Vital statistics of India. Vol. IV, Annual returns from 1871 to 1876. British Army of India, Native Army and jails of Bengal
Year: 1871
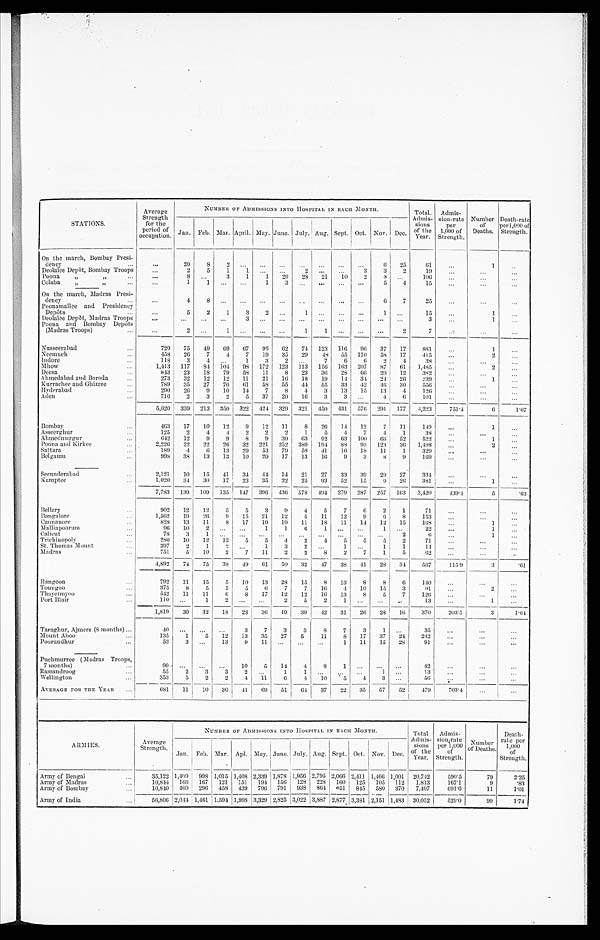
STATIONS.
Average
Strength
for the
period of
occupation.
N U M B E R O F A D M I S S I O N S I N T O H O S P I T A L I N E A C H M O N T H
Total.
Admis-
sions
of the
Year.
Admis-
sion-rate
per
1,000 of
Strength.
Number
of
Deaths.
Death-rate
per 1,000 of
Strength.
Jan. Feb. Mar. April. May. June. July. Aug. Sept. Oct. Nov. Dec.
On the march, Bombay Presi-
dency
. .
. . .
20
8
2
. . .
. . .
. . .
. . .
. . .
. . .
. . .
6
25
61
. . .
1
. . .
Deolalee Depôt, Bombay Troops
. . .
2
5
1
1
. . .
. . .
2
. . .
. . .
3
3
2
19
. . .
. . .
. . .
Poona
„
,,
. . .
. . .
8
. . .
3
1
1
29
28
21
10
2
3
. . .
106
. . .
. . .
. . .
Colaba
,,
,,
. . .
. . .
1
1
. . .
. . .
1
3
. . .
. . .
. . .
. . .
5
4
15
. . .
. . .
. . .
On the march, Madras Presi-
dency
. . .
. . .
4
8
. . .
. . .
. . .
. . .
. . .
. . .
. . .
. . .
6
7
25
. . .
. . .
. . .
Poonamallee and Presidency
Depôts
. . .
. . .
5
2
1
3
2
. . .
1
. . .
. . .
. . .
1
. . .
15
. . .
1
. . .
Deolalee Depôt, Madras Troops
. . .
. . .
. . .
. . .
3
. . .
. . .
. . .
. . .
. . .
. . .
. . .
. . .
3
. . .
1 ...
Poona and Bombay Depôts
(Madras Troops)
. . .
. . .
2
. . .
1
. . .
. . .
. . .
1
1
. . .
. . .
. . .
2
7
. . .
. . .
. . .
Nusseerabad
. . .
720
75
49
69
67
96
62
74
123
116
96
37
17
881
...
1
. . .
Neemuch
. . .
458
26
7
4
7
19
35
29
48
55
110
58
17
415
. . .
2 ...
Indore
. . .
118
3
4
. . .
1
3
2
. . .
7
6
6
2
4
38
...
. . .
...
Mhow . . .
1,413
117
84
104
98
172
123
113
156
163
207
87
61
1,485
. . .
2
. . .
Deesa
. . .
843
23
18
79
58
11
8
23
36
28
6 6
20
12
382
. . .
. . .
. . .
Ahmedabad and Baroda
. . .
273
32
12
12
11
21
16
18
19
14
34
24
26
239
. . .
1
. . .
Kurrachee and Ghizree
. . .
789
35
27
70
61
58
55
44
55
33
42
46
30
556
. . .
. . .
. . .
Hyderabad
. . .
290
26
9
10
14
7
8
4
3
13
15
13
4
126
. . .
. . .
. . .
Aden
. . .
716
2
3
2
5
37
20
16
3
3
. . .
4
6
101
. . .
. . .
. . .
5 , 6 2 0 339
213
350
322 424
329
321
450
431
576
291
177
4,223
751.4
6
1.07
Bombay
. . .
463
17
10
12
9
12
11
8
26
14
12
7
11
149
. . .
1
. . .
Asseerghur
. . .
125
2
4
4
2
2
2
1
5
4
7
4
1
38
...
. . .
. . .
Ahmednuggur
. . .
642
12
9
9
8
9
39
63
92
63
100
66
52
522
. . .
1
. . .
Poona and Kirkee
. . .
2,226
22
22
26
32
221
252
389
194
88
93
123
36
1,498
. . .
2
. . .
Sattara
. . .
189
4
6
13
29
53
79
58
41
16
18
11
1
329
. . .
. . .
. . .
Belgaum
. . .
998
38
13
13
10
20
17
13
16
9
3
8
9
169
...
. . .
. . .
Secunderabad
. . .
2,121
10
15
41
34
44
14
21
27
33
39
29
27
334
. . .
. . .
. . .
Kamptee
. . .
1,020
34
30
17
23
35
22
25
93
52
15
9
26
381
. . .
1
. . .
7,783
139
109
135
147
396
436
578
494
279
287
257
163
3,420
439.4
5
.63
Bellary
. . .
902
12
12
5
5
3
9
4
5
7
6
2
1
71
. . .
. . .
. . .
Bangalore
. . .
1,562
19
26
9
1 5
21
12
5
11
12
9
6
8
153
. . .
. . .
. . .
Cannanore
. . .
828
13
11
8
17
19
19
11
18
11
14
12
15
168
. . .
1
. . .
Malliapoorum . . .
96
10
2
. . .
. . .
1
1
6
1
. . .
. . .
1
. . .
22
. . .
1
. . .
Calicut
. . .
78
3
1
. . .
. . .
. . .
. . .
. . .
. . .
. . .
. . .
. . .
2
6
. . .
1
. . .
Trichinopoly
. . .
280
10
12
12
5
5
4
2
4
5
5
5
2
71
. . .
. . .
. . .
St. Thomas Mount . . .
397
2
1
2
. . .
1
3
2
. . .
1
. . .
1
1
14
. . .
. . .
...
Madras
. . .
751
5
10
2
7
11
2
2
8
2
7
1
5
62
. . .
. . .
. . .
4,892
74
75
38
49
61
50
32
47
38
41
28
34
567
115.9
3
.61
Rangoon
. . .
792
11
15
5
10
13
28
15
8
13
8
8
6
140
. . .
. . .
. . .
Toungoo
. . .
375
8
5
5
5
6
7
7
16
4
10
15
3
91
. . .
2
. . .
Thayetmyoo
. . .
542
11
11
6
8
17
12
12
16
13
8
5
7
126
. . .
. . .
. . .
Port Blair
. . .
110
. . .
1
2
. . .
. . .
2
5
2
1
. . .
. . .
. . .
13
. . .
1
. . .
1,819
30
32
18
23
36
49
39
42
31
26
28
16
370
203.5
3
1.64
Taraghur, Ajmere (8 months)
. . .
40
. . .
. . .
. . .
3
7
3
3
8
7
3
1
. . .
35
. . .
. . .
. . .
Mount Aboo
. . .
135
1
5
12
13
35
27
5
11
8
17
37
24
242
. . .
. . .
. . .
Poorundhur
. . .
53
3
. . .
13
9
11
. . .
. . .
. . .
1
11
15
28
91
...
. . .
. . .
Puchmurree (Madras Troops,
7 months)
. . .
9 9
. . .
. . .
. . .
10
5
14
4
8
1
. . .
. . .
. . .
42
. . .
. . .
. . .
Ramandroog
. . .
55
2
3
3
2
. . .
1
1
. . .
. . .
. . .
1
. . .
13
. . .
. . .
. . .
Wellington
. . .
353
5
2
2
4
11
6
4
10
5
4
3
. . .
56 ...
. . .
. . .
AVERAGE FOR THE YEAR
. . .
681
11
10
30
41
69
51
64
37
22
35
57
52
479
703.4
. . .
. . .
A R M I E S .
Average
Strength.
NUMBER OF ADMISSIONS INTO HOSPITAL IN EACH MONTH.
Total
Admis-
s i o n s
of the
Year.
Admis-
sion-rate
per 1,000
o f
Strength.
Number
o f D e a t h s .
Death-
rate per
1,000 of
Strength.
Jan. F e b .
Mar. Apl. M a y .
June. July. Aug. Sept. Oct. Nov. D e c .
Army of Bengal
. . .
35,122 1,409
998 1,015 1,408 2,339 1,878 1,956 2,795 2,066 2,411 1,466 1,001
20,742
590.5
79
2.25
Army of Madras
. . .
10,844
166
167
121
151
194 156
128
228
160
125
105
112
1,813
167.1
9
.83
Ar my of Bombay
. . .
10,840
469
2 9 6 458
439
79 6 791
938
8 6 4 651
845
580
370
7,497
6 9 1 . 6
11
1.01
Army of India
. . .
56,806 2,044 1,461 1,594 1,998 3,329 2,825 3,022 3,887 2,877 3,381 2,151 1,483
30,052
529.0
99
1.74